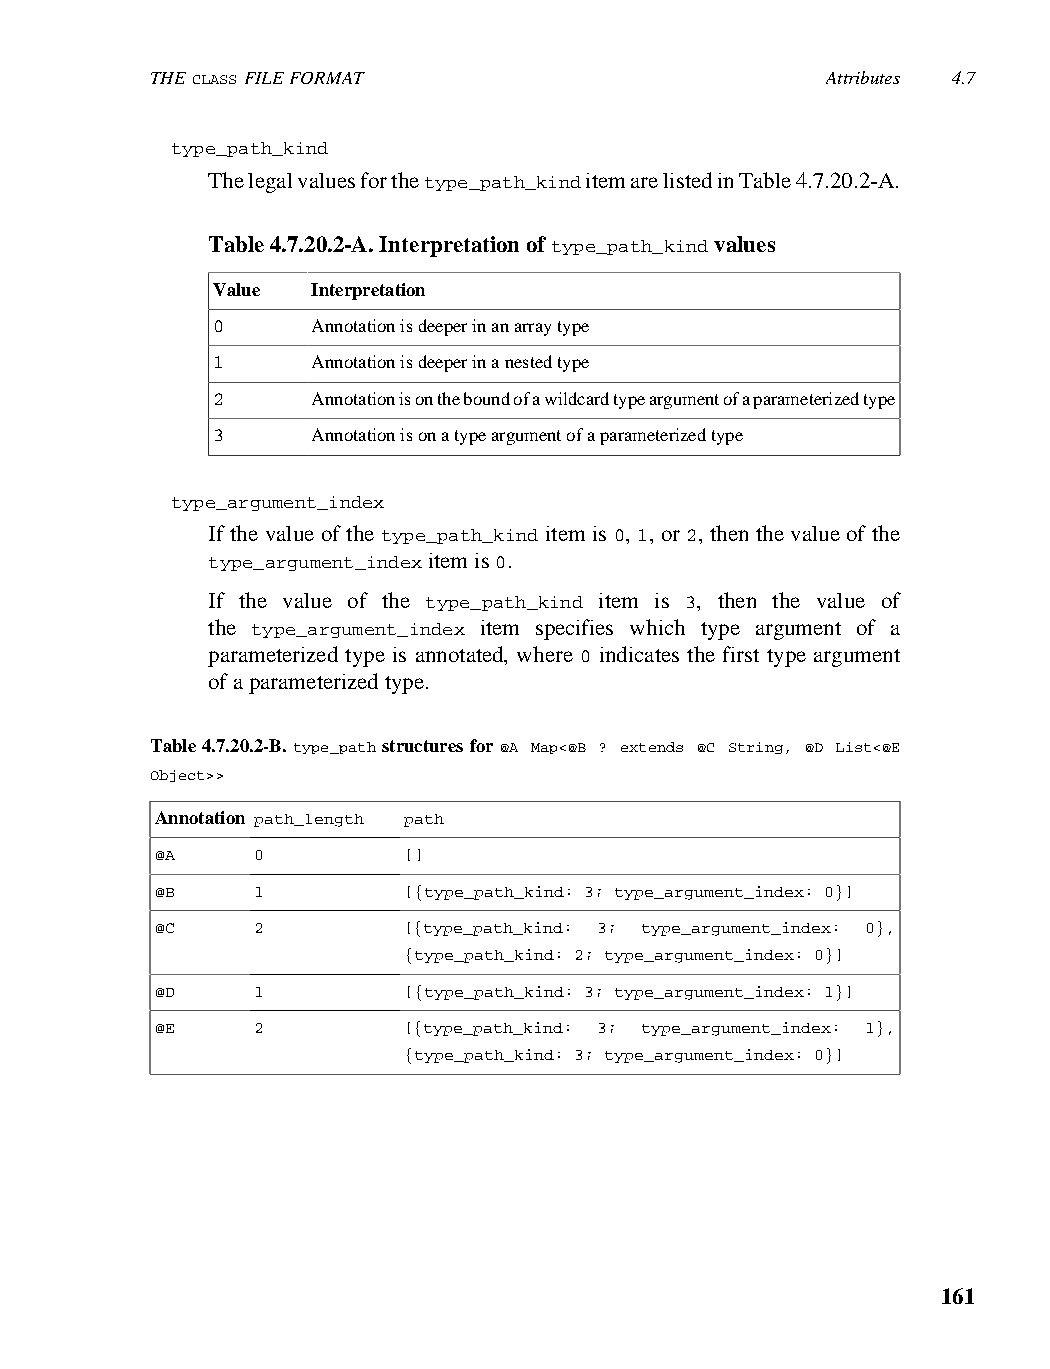
THE CLASS FILE FORMAT                        Attributes 4.7
 type_path_kind
 The legal values for the type_path_kind item are listed in Table 4.7.20.2-A.
 Table 4.7.20.2-A. Interpretation of type_path_kind values
 Value  Interpretation
 0      Annotation is deeper in an array type
 1      Annotation is deeper in a nested type
 2      Annotation is on the bound of a wildcard type argument of a parameterized type
 3      Annotation is on a type argument of a parameterized type
 type_argument_index
 If the value of the type_path_kind item is 0, 1, or 2, then the value of the
 type_argument_index item is 0.
 If the value of the type_path_kind item is 3, then the value of
 the type_argument_index item specifies which type argument of a
 parameterized type is annotated, where 0 indicates the first type argument
 of a parameterized type.
 Table 4.7.20.2-B. type_path structures for @A Map<@B ? extends @C String, @D List<@E
 Object>>
 Annotation path_length path
 @A     0         []
 @B     1         [{type_path_kind: 3; type_argument_index: 0}]
 @C     2         [{type_path_kind: 3; type_argument_index: 0},
 {type_path_kind: 2; type_argument_index: 0}]
 @D     1         [{type_path_kind: 3; type_argument_index: 1}]
 @E     2         [{type_path_kind: 3; type_argument_index: 1},
 {type_path_kind: 3; type_argument_index: 0}]
 161